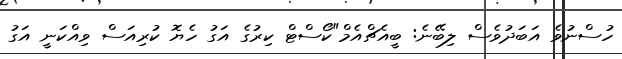
ހުސްނުވެ އަބަދުވެސް ލިބޭނެ: ބީއެޗްއެމް"ކޯސްޓް ކިރުގެ އަގު ހެޔޮ ކުރިއަސް ވިއްކަނީ އަގު